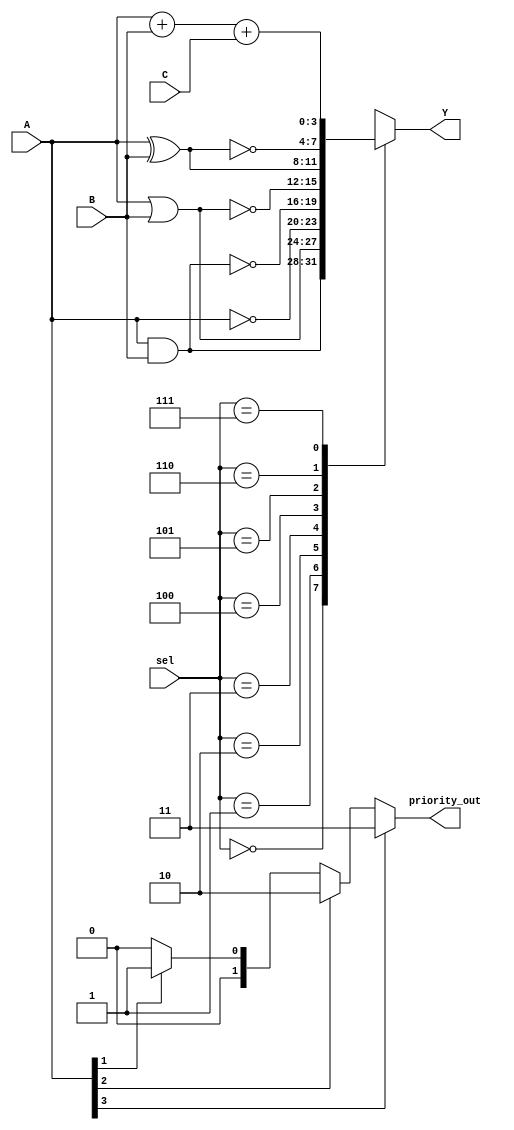
module combinational_logic_block (
    input wire [3:0] A,        // 4-bit input A
    input wire [3:0] B,        // 4-bit input B
    input wire [3:0] C,        // 4-bit input C
    input wire [2:0] sel,      // Select signal for operation
    output reg [3:0] Y,        // 4-bit output Y
    output reg [1:0] priority_out // Priority encoder output
);

// Logic Operations
always @(*) begin
    case (sel)
        3'b000: Y = A & B;          // AND
        3'b001: Y = A | B;          // OR
        3'b010: Y = ~A;             // NOT A
        3'b011: Y = ~(A & B);       // NAND
        3'b100: Y = ~(A | B);       // NOR
        3'b101: Y = A ^ B;          // XOR
        3'b110: Y = ~(A ^ B);       // XNOR
        3'b111: Y = A + B + C;      // Multi-input addition (example)
        default: Y = 4'b0000;       // Default case
    endcase
end

// Priority Encoder
always @(*) begin
    if (A[3]) priority_out = 2'b11; // Highest priority
    else if (A[2]) priority_out = 2'b10;
    else if (A[1]) priority_out = 2'b01;
    else if (A[0]) priority_out = 2'b00;
    else priority_out = 2'b00; // No active input
end

endmodule